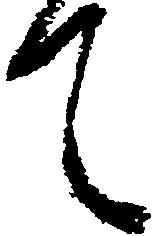
て